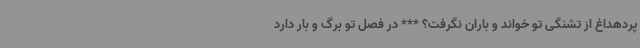
پردهداغ از تشنگی تو خواند و باران نگرفت؟ *** در فصل تو برگ و بار دارد